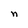
Character: n